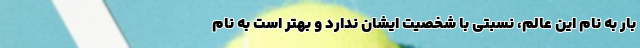
بار به نام این عالم، نسبتی با شخصیت ایشان ندارد و بهتر است به نام